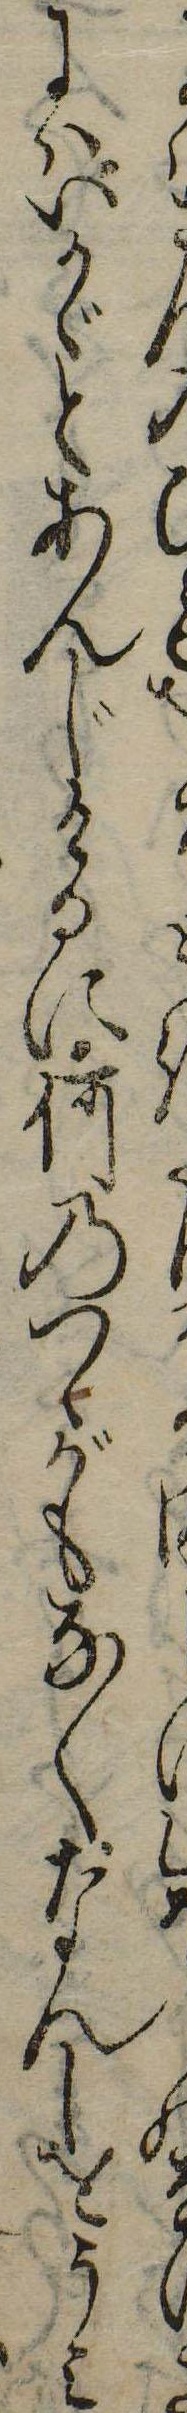
にはいかゞとあんじけるに何のつゝがもなくなんしをうみ